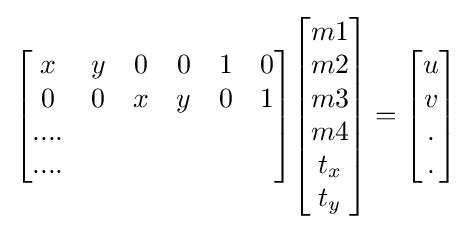
{\begin{bmatrix}x&y&0&0&1&0\\0&0&x&y&0&1\\....\\....\end{bmatrix}}{\begin{bmatrix}m1\\m2\\m3\\m4\\t_{x}\\t_{y}\end{bmatrix}}={\begin{bmatrix}u\\v\\.\\.\end{bmatrix}}